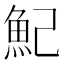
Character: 魢